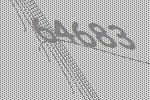
64683